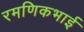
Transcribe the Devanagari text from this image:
रमणिकभाई